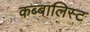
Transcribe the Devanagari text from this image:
कब्बालिस्ट